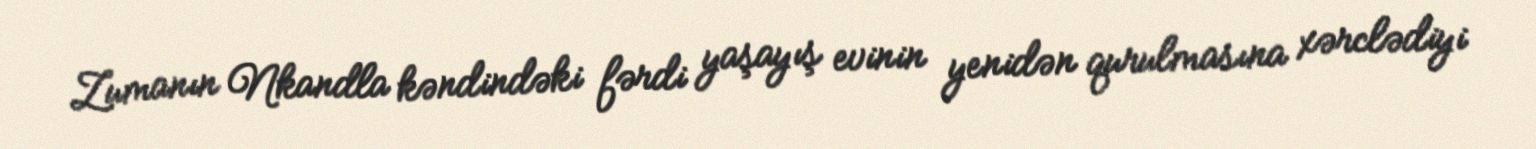
Zumanın Nkandla kəndindəki fərdi yaşayış evinin yenidən qurulmasına xərclədiyi